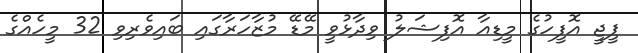
ޕީޖީ އޮފީހުގެ މީޑިއާ އޮފިޝަލު ވިދާޅުވީ މޭޑޭ މުޒާހަރާގައި ބައިވެރިވި 32 މީހެއްގެ